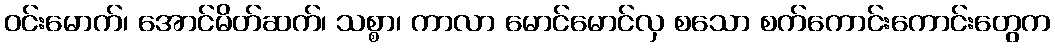
ဝင်းမောက်၊ အောင်မိတ်ဆက်၊ သစ္စာ၊ ကာလာ မောင်မောင်လှ စသော စက်ကောင်းကောင်းတွေက